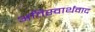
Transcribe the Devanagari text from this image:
अतिस्वार्थवाद